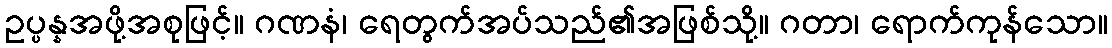
ဥပ္ပန္နအဖို့အစုဖြင့်။ ဂဏနံ၊ ရေတွက်အပ်သည်၏အဖြစ်သို့။ ဂတာ၊ ရောက်ကုန်သော။